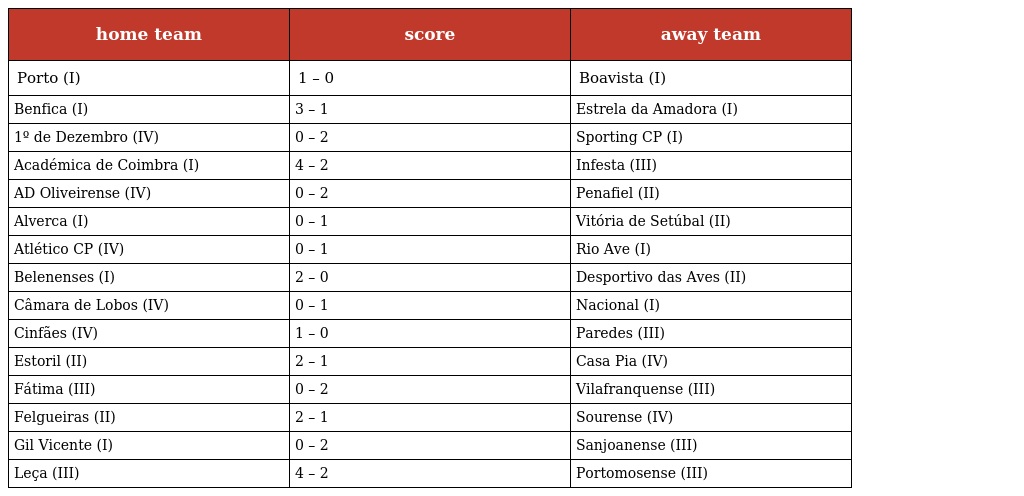
| home team | score | away team |
 | --- | --- | --- |
 | Porto (I) | 1 – 0 | Boavista (I) |
 | Benfica (I) | 3 – 1 | Estrela da Amadora (I) |
 | 1º de Dezembro (IV) | 0 – 2 | Sporting CP (I) |
 | Académica de Coimbra (I) | 4 – 2 | Infesta (III) |
 | AD Oliveirense (IV) | 0 – 2 | Penafiel (II) |
 | Alverca (I) | 0 – 1 | Vitória de Setúbal (II) |
 | Atlético CP (IV) | 0 – 1 | Rio Ave (I) |
 | Belenenses (I) | 2 – 0 | Desportivo das Aves (II) |
 | Câmara de Lobos (IV) | 0 – 1 | Nacional (I) |
 | Cinfães (IV) | 1 – 0 | Paredes (III) |
 | Estoril (II) | 2 – 1 | Casa Pia (IV) |
 | Fátima (III) | 0 – 2 | Vilafranquense (III) |
 | Felgueiras (II) | 2 – 1 | Sourense (IV) |
 | Gil Vicente (I) | 0 – 2 | Sanjoanense (III) |
 | Leça (III) | 4 – 2 | Portomosense (III) |